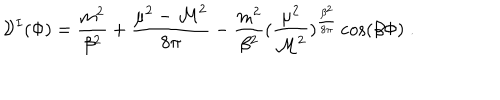
{ \cal V } ^ { I } ( \Phi ) = { \frac { m ^ { 2 } } { \beta ^ { 2 } } } + { \frac { \mu ^ { 2 } - { \cal M } ^ { 2 } } { 8 \pi } } - { \frac { m ^ { 2 } } { \beta ^ { 2 } } } ( { \frac { \mu ^ { 2 } } { { \cal M } ^ { 2 } } } ) ^ { { \frac { \beta ^ { 2 } } { 8 \pi } } } \cos ( \beta \Phi ) \; .